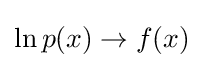
\ln {p(x)}\to f(x)